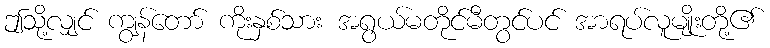
ဤသို့လျှင် ကျွန်တော် ကိုးနှစ်သား အရွယ်မတိုင်မီတွင်ပင် အာရပ်လူမျိုးတို့၏